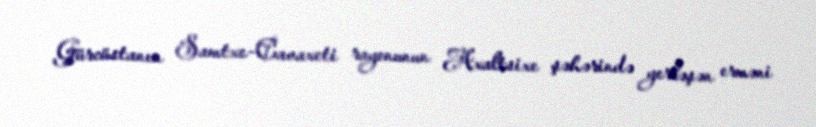
Gürcüstanın Samtxe-Cavaxeti rayonunun Axaltsixe şəhərində yerləşən erməni